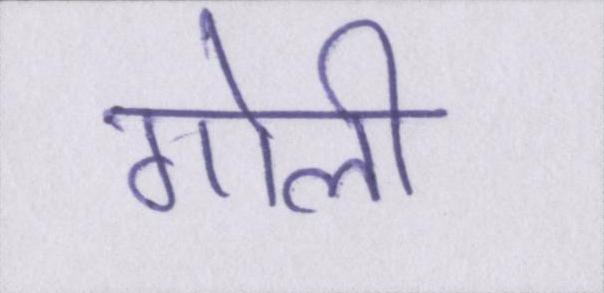
गोली